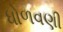
ધોળવણી